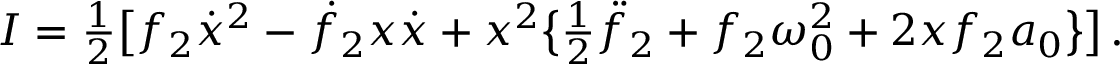
I = { \textstyle \frac { 1 } { 2 } } \big [ f _ { 2 } \dot { x } ^ { 2 } - \dot { f } _ { 2 } x \dot { x } + x ^ { 2 } \big \{ { \textstyle \frac { 1 } { 2 } } \ddot { f } _ { 2 } + f _ { 2 } \omega _ { 0 } ^ { 2 } + 2 x f _ { 2 } a _ { 0 } \big \} \big ] \, .